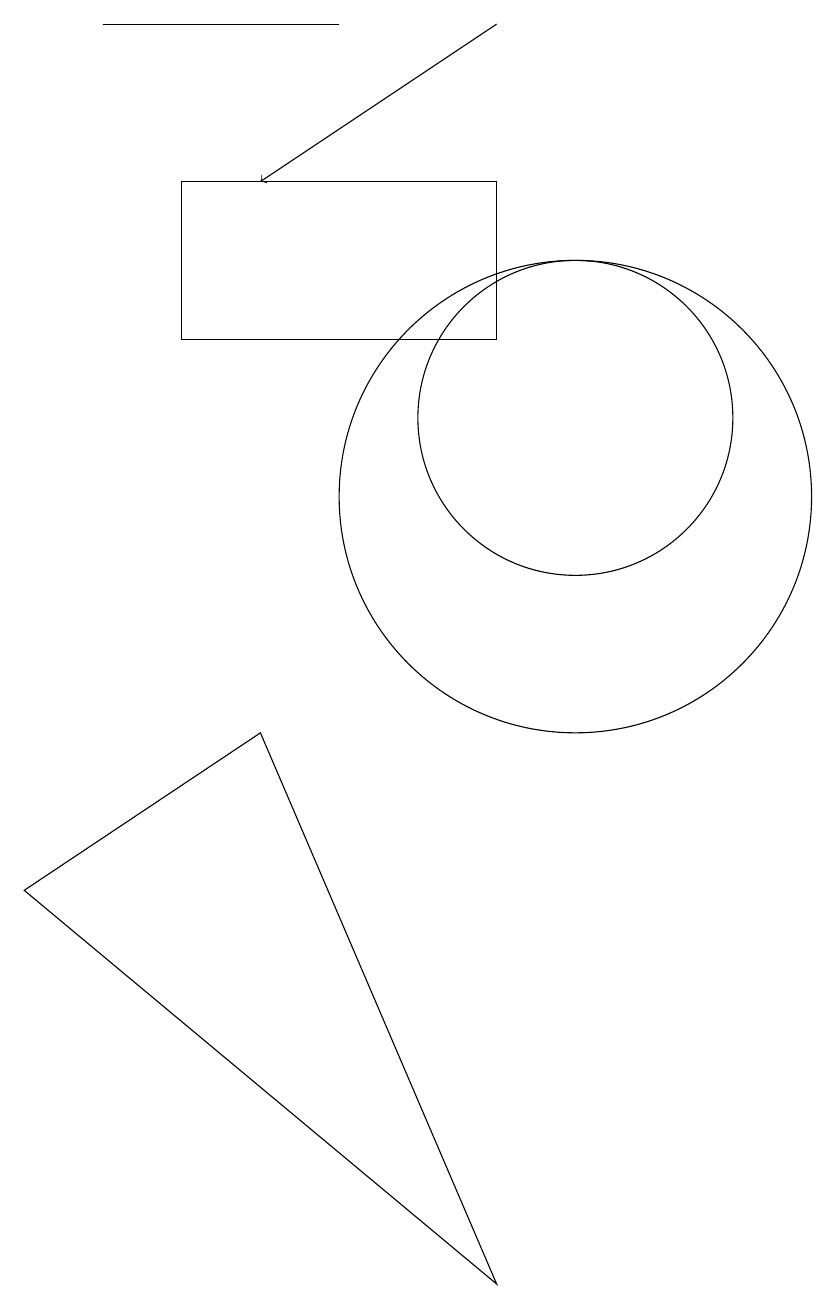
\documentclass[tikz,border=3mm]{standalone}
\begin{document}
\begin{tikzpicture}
\draw[->] (9,16) -- (6,14);
\draw (4,16) rectangle (7,16);
\draw (10,10) circle (3);
\draw (3,5) -- (9,0) -- (6,7) -- cycle;
\draw (5,12) rectangle (9,14);
\draw (10,11) circle (2);
\draw (10,12) circle (0);
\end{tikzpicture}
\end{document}